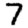
Digit: 7